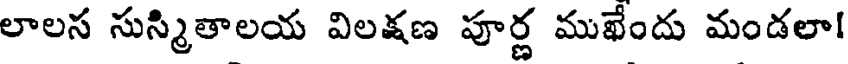
లాలస సుస్మితాలయ విలక్షణ పూర్ణ ముఖేందు మండలా!